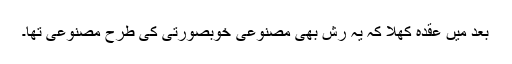
بعد میں عقدہ کھلا کہ یہ رش بھی مصنوعی خوبصورتی کی طرح مصنوعی تھا۔